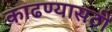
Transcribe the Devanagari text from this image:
काढण्यासठी